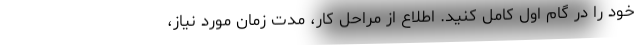
خود را در گام اول کامل کنید. اطلاع از مراحل کار، مدت زمان مورد نیاز،